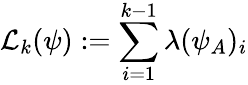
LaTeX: \mathcal{L}_{k}(\psi):=\sum_{i=1}^{k-1}\lambda(\psi_{A})_{i}